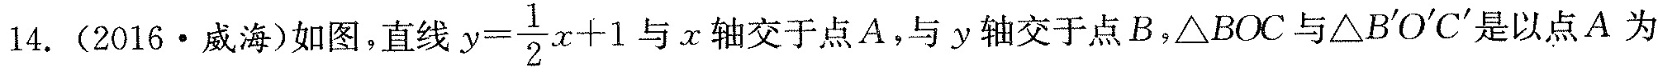
14. (2016·威海) 如图，直线 $$y = \frac{1}{2}x + 1$$ 与x轴交于点A，与 y 轴交于点B，\bigtriangleup BOC与\bigtriangleup B'O'C'是以点A为